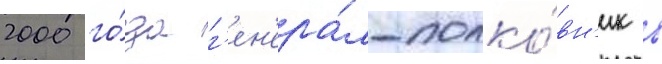
2000 го́да г'ен'ера́л-полко́вн'ик в